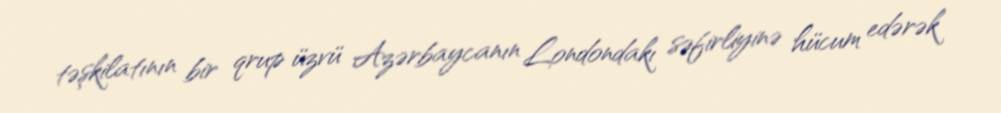
təşkilatının bir qrup üzvü Azərbaycanın Londondakı səfirliyinə hücum edərək